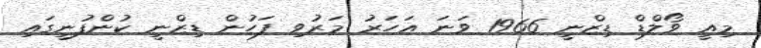
މިއީ ވޯލްޑް ޑިޒްނީ 1966 ވަނަ އަހަރު މަރުވި ފަހުން ޑިޒްނީ ކުންފުނީގައި